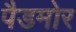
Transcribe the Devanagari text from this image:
पैडमोर